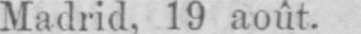
Madrid, 19 août.